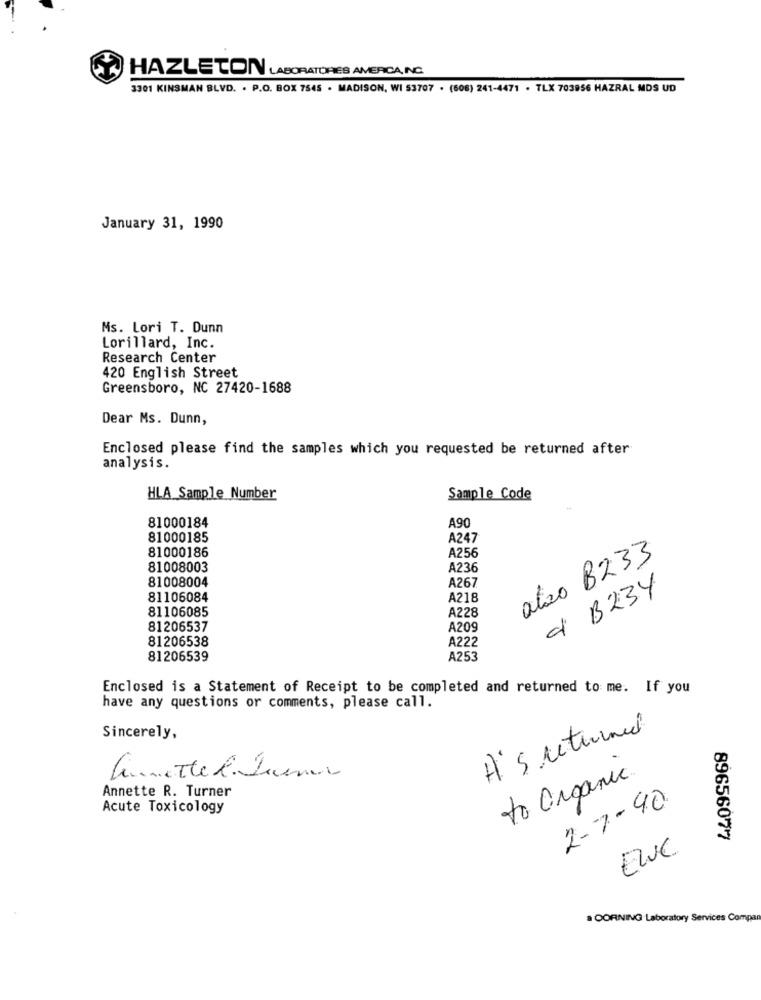
HAZLETON LABORATORIES AMERICA,NC.
3301 KINSMAN BLVD. . P.O. BOX 7545 · MADISON, WI 53707 . (606) 241-4471 · TLX 703956 HAZRAL MDS UD
January 31, 1990
Ms. Lori T. Dunn
Lorillard, Inc.
Research Center
420 English Street
Greensboro, NC 27420-1688
Dear Ms. Dunn,
Enclosed please find the samples which you requested be returned after
analysis.
HLA Sample Number
Sample Code
81000184
A90
81000185
A247
81000186
A256
also B233
81008003
A236
81008004
A267
9 B234
81106084
A218
81106085
A228
81206537
A209
81206538
A222
81206539
A253
Enclosed is a Statement of Receipt to be completed and returned to me. If you
have any questions or comments, please call.
Sincerely,
annettel Jueves
to Organic.
I
Annette R. Turner
Acute Toxicology
2-7-40
89656077
ENUC
a CORNING Laboratory Services Compar